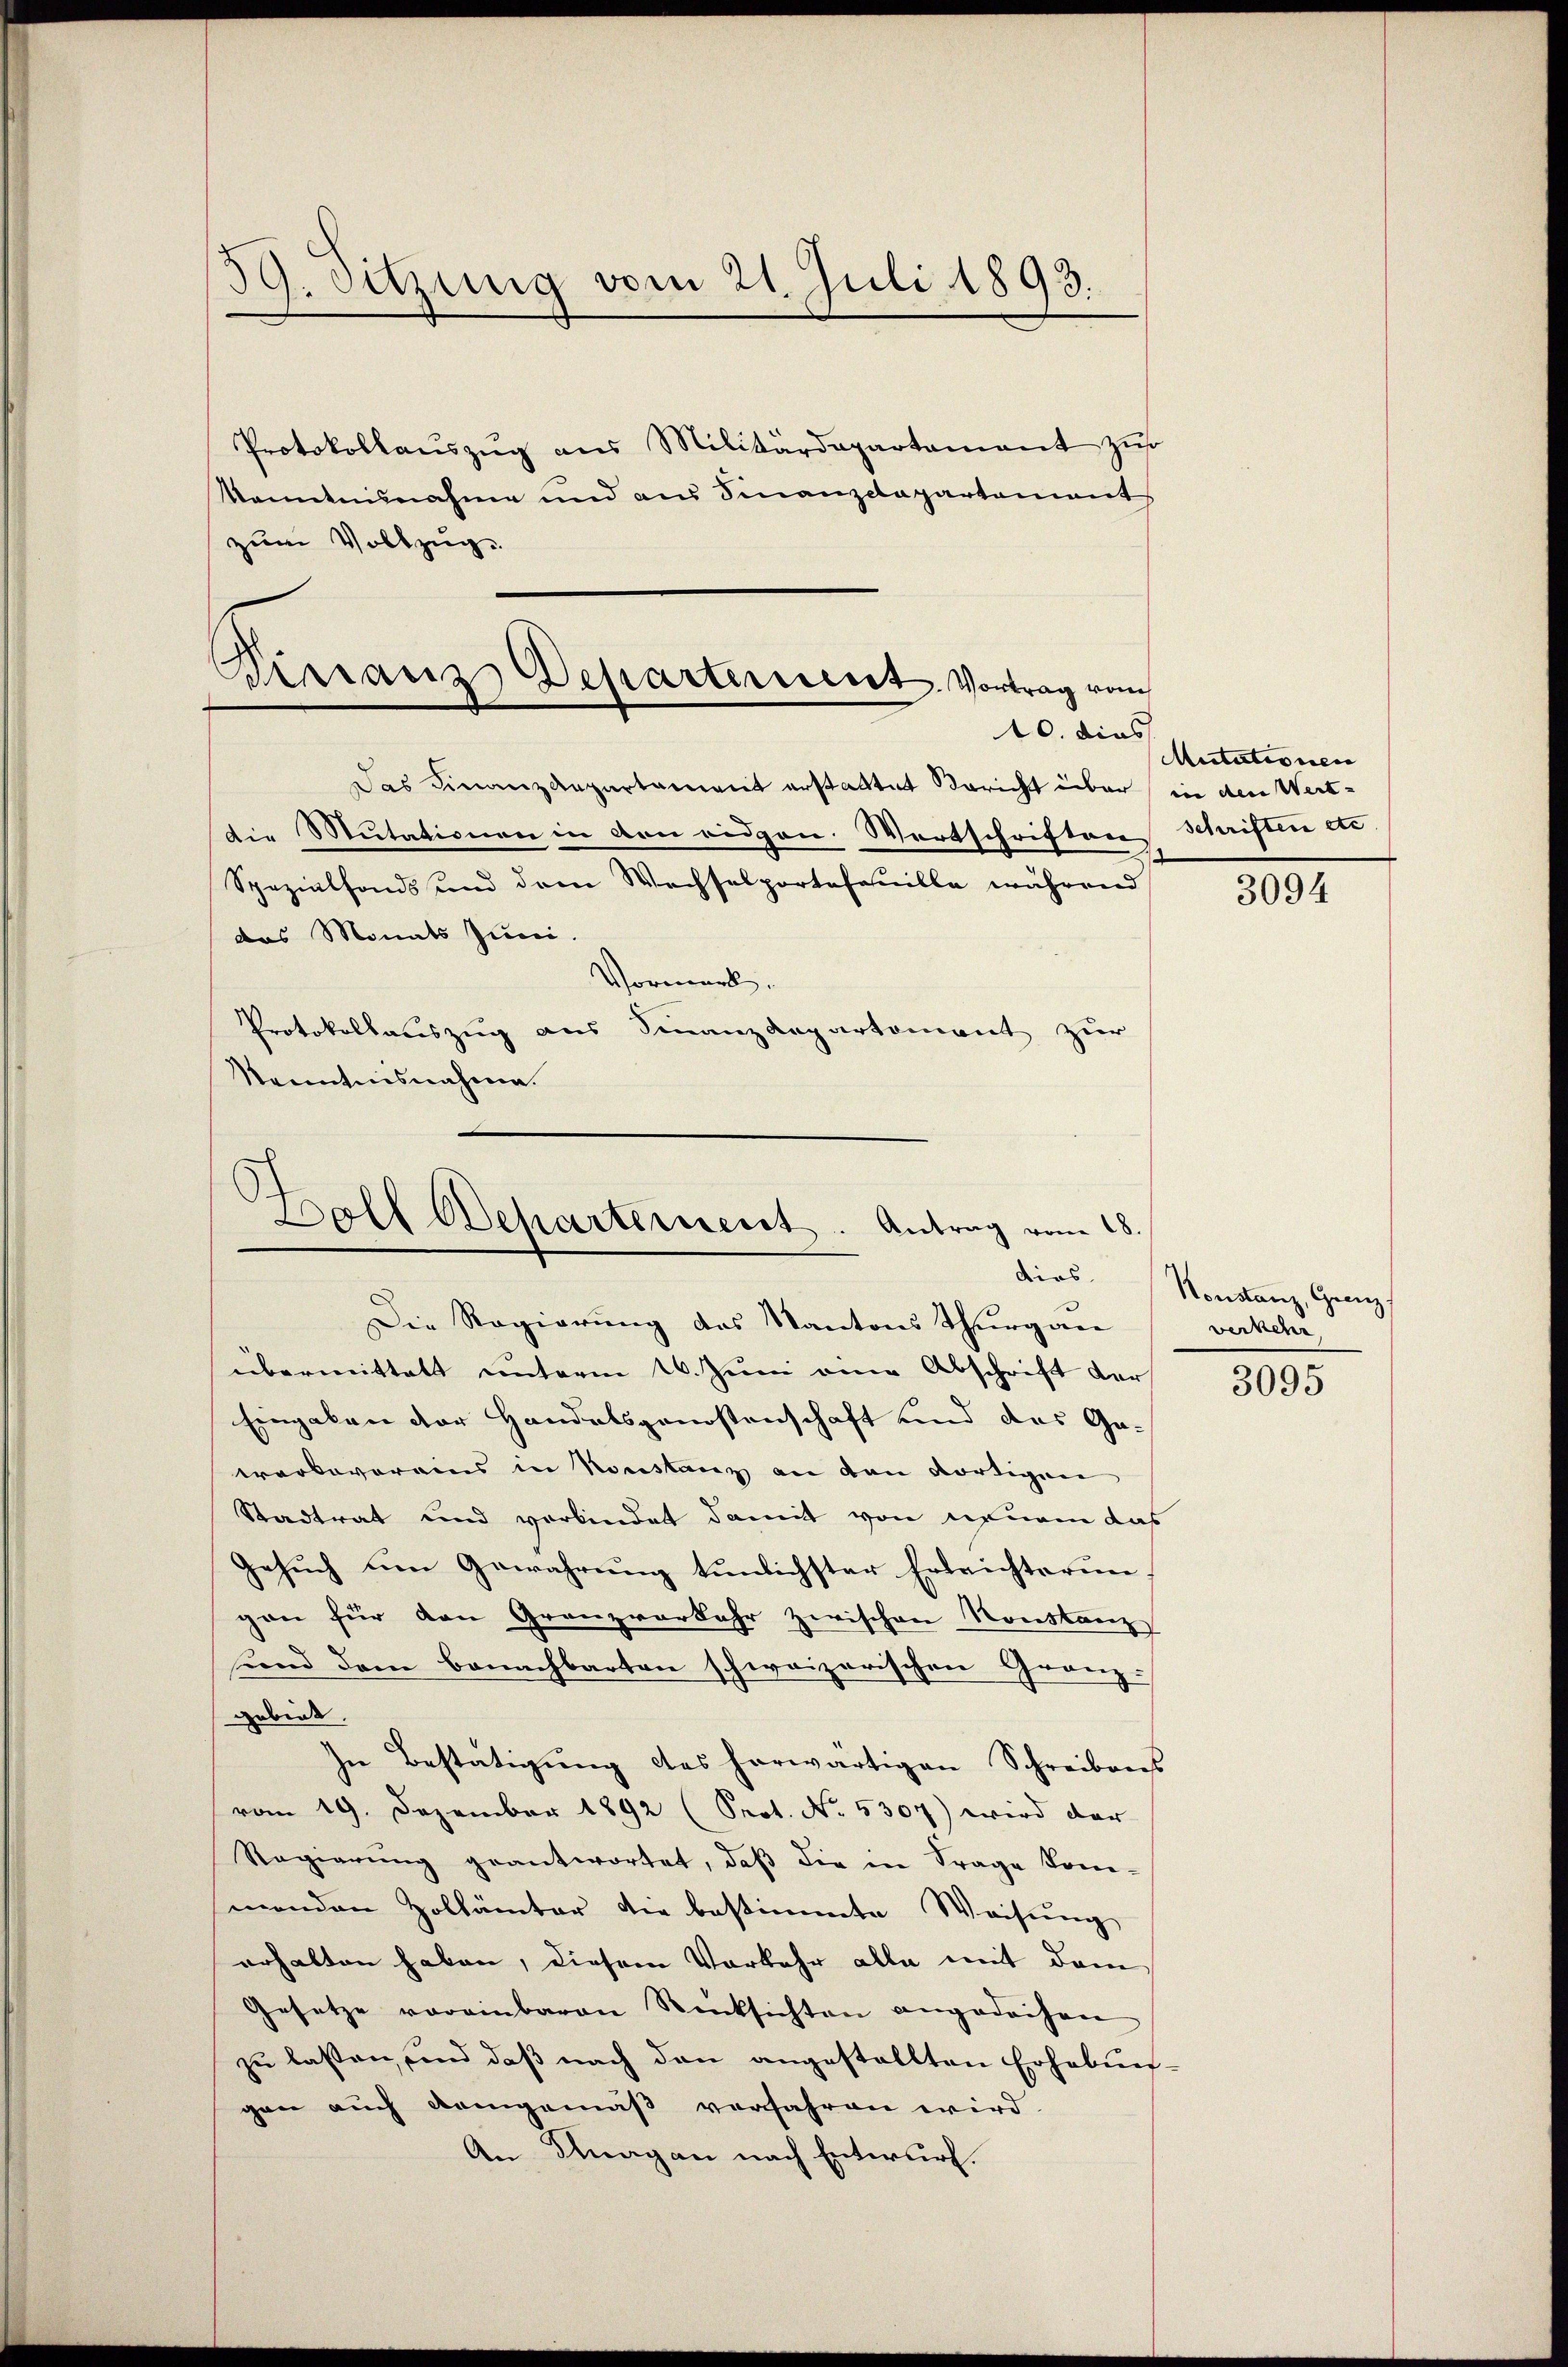
59. Suzung vom 21. Juli 1893.
Protokollauszug aus Militärdepartament zur

kanntnisnahme und aus Finanzdepartement
zum Vollzug.

Finanz Departement. Vortrag vom
10. dies

Das Finanzdepartament erstattet Bericht über in den Wert-
Die Mutationen in den eidgen. Wortschriften Schriftin de
das Monats Juni.
Vormerk.
Protokollauszug aus Finanzdepartement zur
Kenntnisnahme.

Boll Scharternent. Antrag vom 18.

Spezialfonds und dem Wechselportefouille während

Die Regierung des Kantons Thurgau
übermittelt unterm 10. Juni eine Abschrift der
Eingaben der Handelsgenostenschaft und das Ga-
werbevereins in Konstanz an den dortigen
Stadtrat und verbindet damit von neuem das
Gesuch um Gewahrung tunlichster Erleichterungon für den Granzverkehr zwischen Konstanz
und dem Benachbarten schweizerischen Granz-
gebiet.
In Bestätigung des herwärtigen Schreibens
vom 19. Dezember 1892 (Prot. No. 5307) wird der
Regierŭng geantwortet, daβ die in Frage kom-
menden Zollämter die bestimmte Weisung
erhalten haben, diesem Vorkehr alle mit dem
Gesetze voreinbaren Rücksichten angedachen
zu lassen, und daß nach den angestellten Erhebun-
gen auch demgemäß verfahren wird
An Dinagen nach Entwurf.

Mutationen

3094

dios. Konstanz, Grenz
werkehr

3095